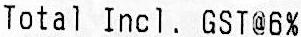
TOTAL INCL. GST@6%